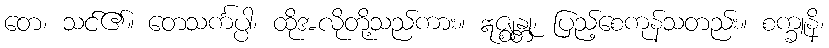
တေ၊ သင်၏။ တေသင်္ကပ္ပါ၊ ထိုအလိုတို့သည်ကား။ ဣဇ္ဈန္တု၊ ပြည့်စေကုန်သတည်း။ စက္ခူနိ၊